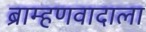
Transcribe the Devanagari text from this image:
ब्राम्हणवादाला